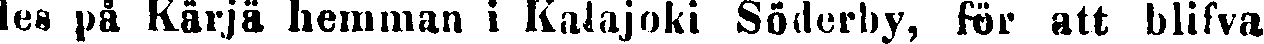
les på Kärjä hemman i Kalajoki Söderby, för att blifva